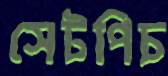
সেটপিচ